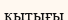
кытығы